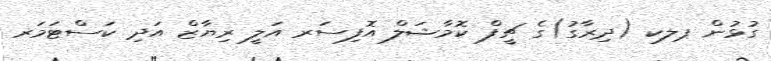
ގުޅުން ޕލކ (ދިރާގު)ގެ ޗީފް ކޮމާޝަލް އޮފިސަރ އަލީ ރިޔާޒް އަދި ކަސްޓަމަރ